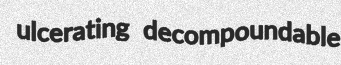
ulcerating decompoundable